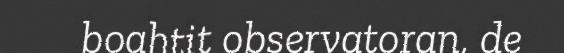
boahtit observatoran, de